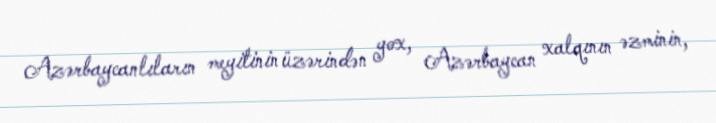
Azərbaycanlıların meyitinin üzərindən yox, Azərbaycan xalqının əzminin,